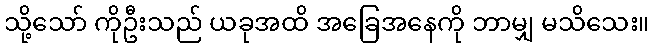
သို့သော် ကိုဦးသည် ယခုအထိ အခြေအနေကို ဘာမျှ မသိသေး။